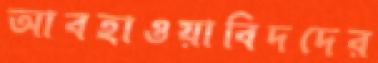
আবহাওয়াবিদদের